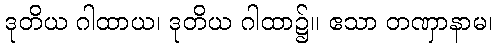
ဒုတိယ ဂါထာယ၊ ဒုတိယ ဂါထာ၌။ ဧသာ တဏှာနာမ၊